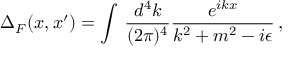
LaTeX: \Delta _ { F } ( x , x ^ { \prime } ) = \int \, { \frac { d ^ { 4 } k } { ( 2 \pi ) ^ { 4 } } } { \frac { e ^ { i k x } } { k ^ { 2 } + m ^ { 2 } - i \epsilon } } \, ,